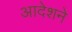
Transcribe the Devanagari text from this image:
आदेशने